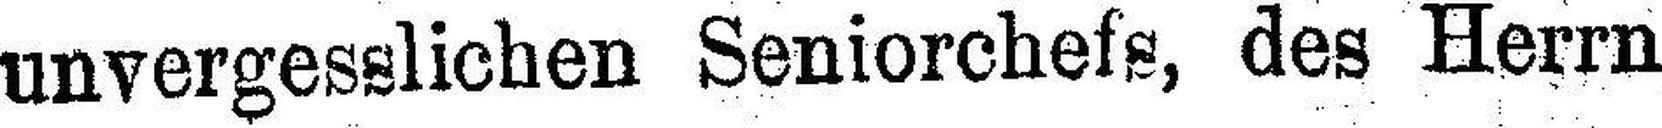
unvergesslichen Seniorchefs, des Herrn